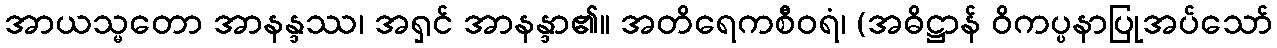
အာယသ္မတော အာနန္ဒဿ၊ အရှင် အာနန္ဒာ၏။ အတိရေကစီဝရံ၊ (အဓိဋ္ဌာန် ဝိကပ္ပနာပြုအပ်သော်